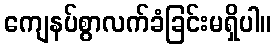
ကျေနပ်စွာလက်ခံခြင်းမရှိပါ။